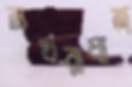
নখরাঘাত